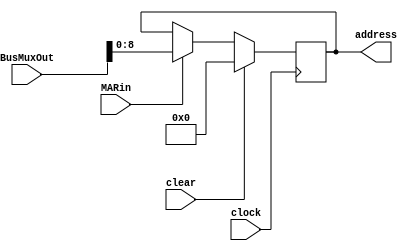
module MAR(
    input wire clear, clock, MARin,
    input wire [31:0] BusMuxOut,
    output wire [8:0] address
);
        reg [8:0] q;
    
        always @(posedge clock) begin
            if(clear) begin
                q <= 9'b0;
            end
            else if (MARin) begin
                q <= BusMuxOut[8:0];
            end
        end
        assign address = q;
endmodule